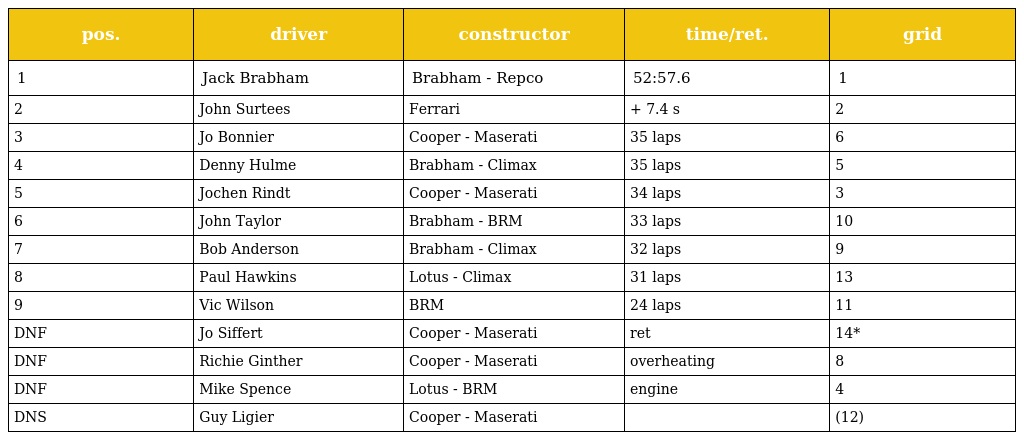
| pos. | driver | constructor | time/ret. | grid |
 | --- | --- | --- | --- | --- |
 | 1 | Jack Brabham | Brabham - Repco | 52:57.6 | 1 |
 | 2 | John Surtees | Ferrari | + 7.4 s | 2 |
 | 3 | Jo Bonnier | Cooper - Maserati | 35 laps | 6 |
 | 4 | Denny Hulme | Brabham - Climax | 35 laps | 5 |
 | 5 | Jochen Rindt | Cooper - Maserati | 34 laps | 3 |
 | 6 | John Taylor | Brabham - BRM | 33 laps | 10 |
 | 7 | Bob Anderson | Brabham - Climax | 32 laps | 9 |
 | 8 | Paul Hawkins | Lotus - Climax | 31 laps | 13 |
 | 9 | Vic Wilson | BRM | 24 laps | 11 |
 | DNF | Jo Siffert | Cooper - Maserati | ret | 14* |
 | DNF | Richie Ginther | Cooper - Maserati | overheating | 8 |
 | DNF | Mike Spence | Lotus - BRM | engine | 4 |
 | DNS | Guy Ligier | Cooper - Maserati |  | (12) |